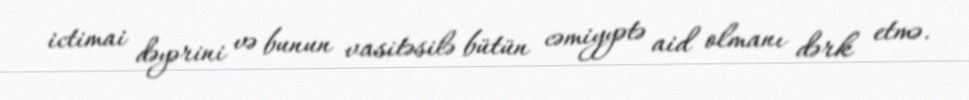
ictimai dəyərini və bunun vasitəsilə bütün cəmiyyətə aid olmanı dərk etmə.